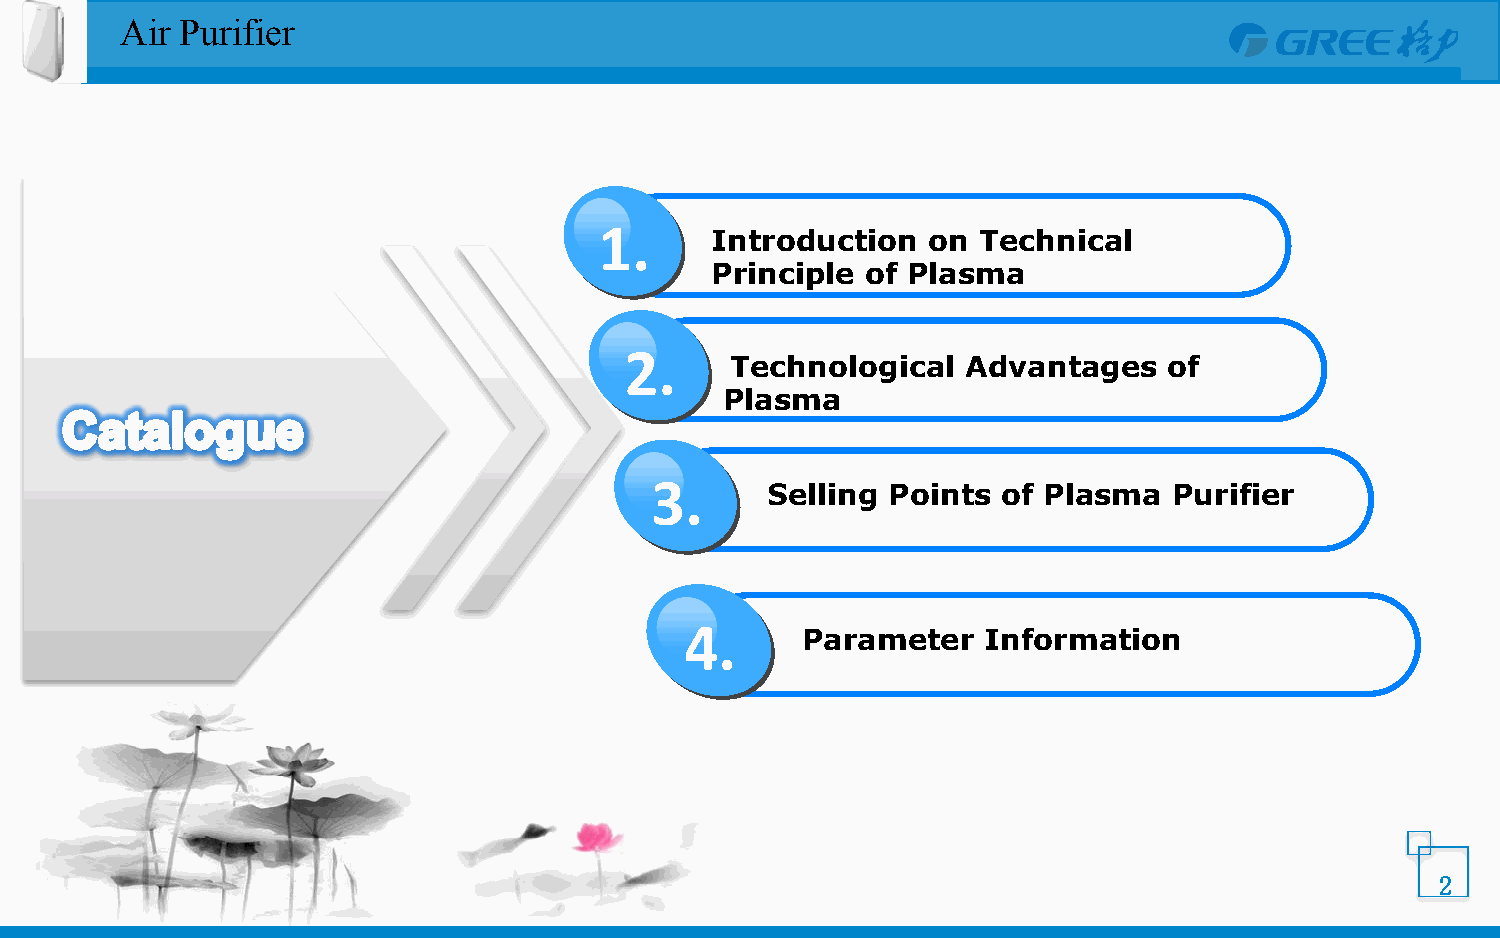
Air Purifier
 1.     Introduction  on  Technical
 Principle of Plasma
 2.
 Technological   Advantages   of
 Plasma
 3.      Selling Points of Plasma   Purifier
 4.      Parameter   Information
 2